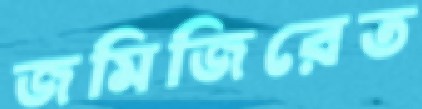
জমিজিরেত